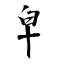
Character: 皁